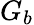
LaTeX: G_{b}